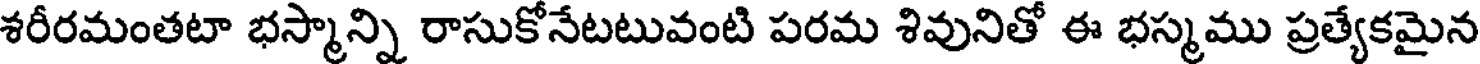
శరీరమంతటా భస్మాన్ని రాసుకోనేటటువంటి పరమ శివునితో ఈ భస్మము ప్రత్యేకమైన